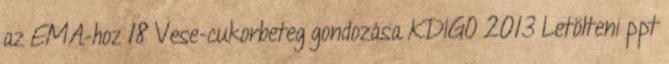
az EMA-hoz 18 Vese-cukorbeteg gondozása KDIGO 2013 Letölteni ppt